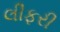
લીફરી